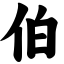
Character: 伯